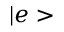
| e >